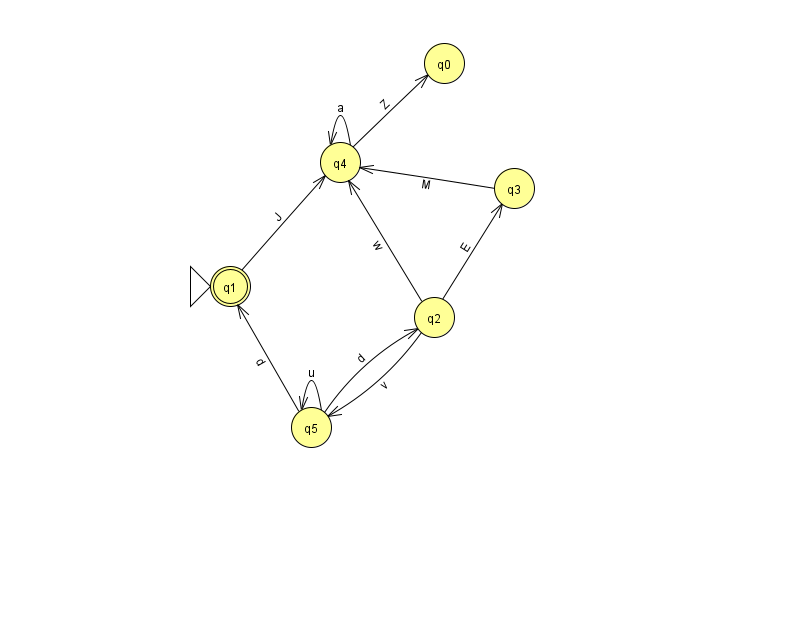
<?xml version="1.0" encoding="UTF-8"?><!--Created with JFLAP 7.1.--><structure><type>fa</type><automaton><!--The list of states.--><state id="0" name="q0"><x>444.0</x><y>50.0</y></state><state id="1" name="q1"><x>230.0</x><y>273.0</y><initial/><final/></state><state id="2" name="q2"><x>434.0</x><y>304.0</y></state><state id="3" name="q3"><x>514.0</x><y>175.0</y></state><state id="4" name="q4"><x>340.0</x><y>149.0</y></state><state id="5" name="q5"><x>311.0</x><y>414.0</y></state><!--The list of transitions.--><transition><from>2</from><to>3</to><read>E</read></transition><transition><from>4</from><to>4</to><read>a</read></transition><transition><from>3</from><to>4</to><read>M</read></transition><transition><from>5</from><to>2</to><read>d</read></transition><transition><from>5</from><to>5</to><read>u</read></transition><transition><from>2</from><to>5</to><read>v</read></transition><transition><from>5</from><to>1</to><read>d</read></transition><transition><from>2</from><to>4</to><read>w</read></transition><transition><from>1</from><to>4</to><read>J</read></transition><transition><from>4</from><to>0</to><read>Z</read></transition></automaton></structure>